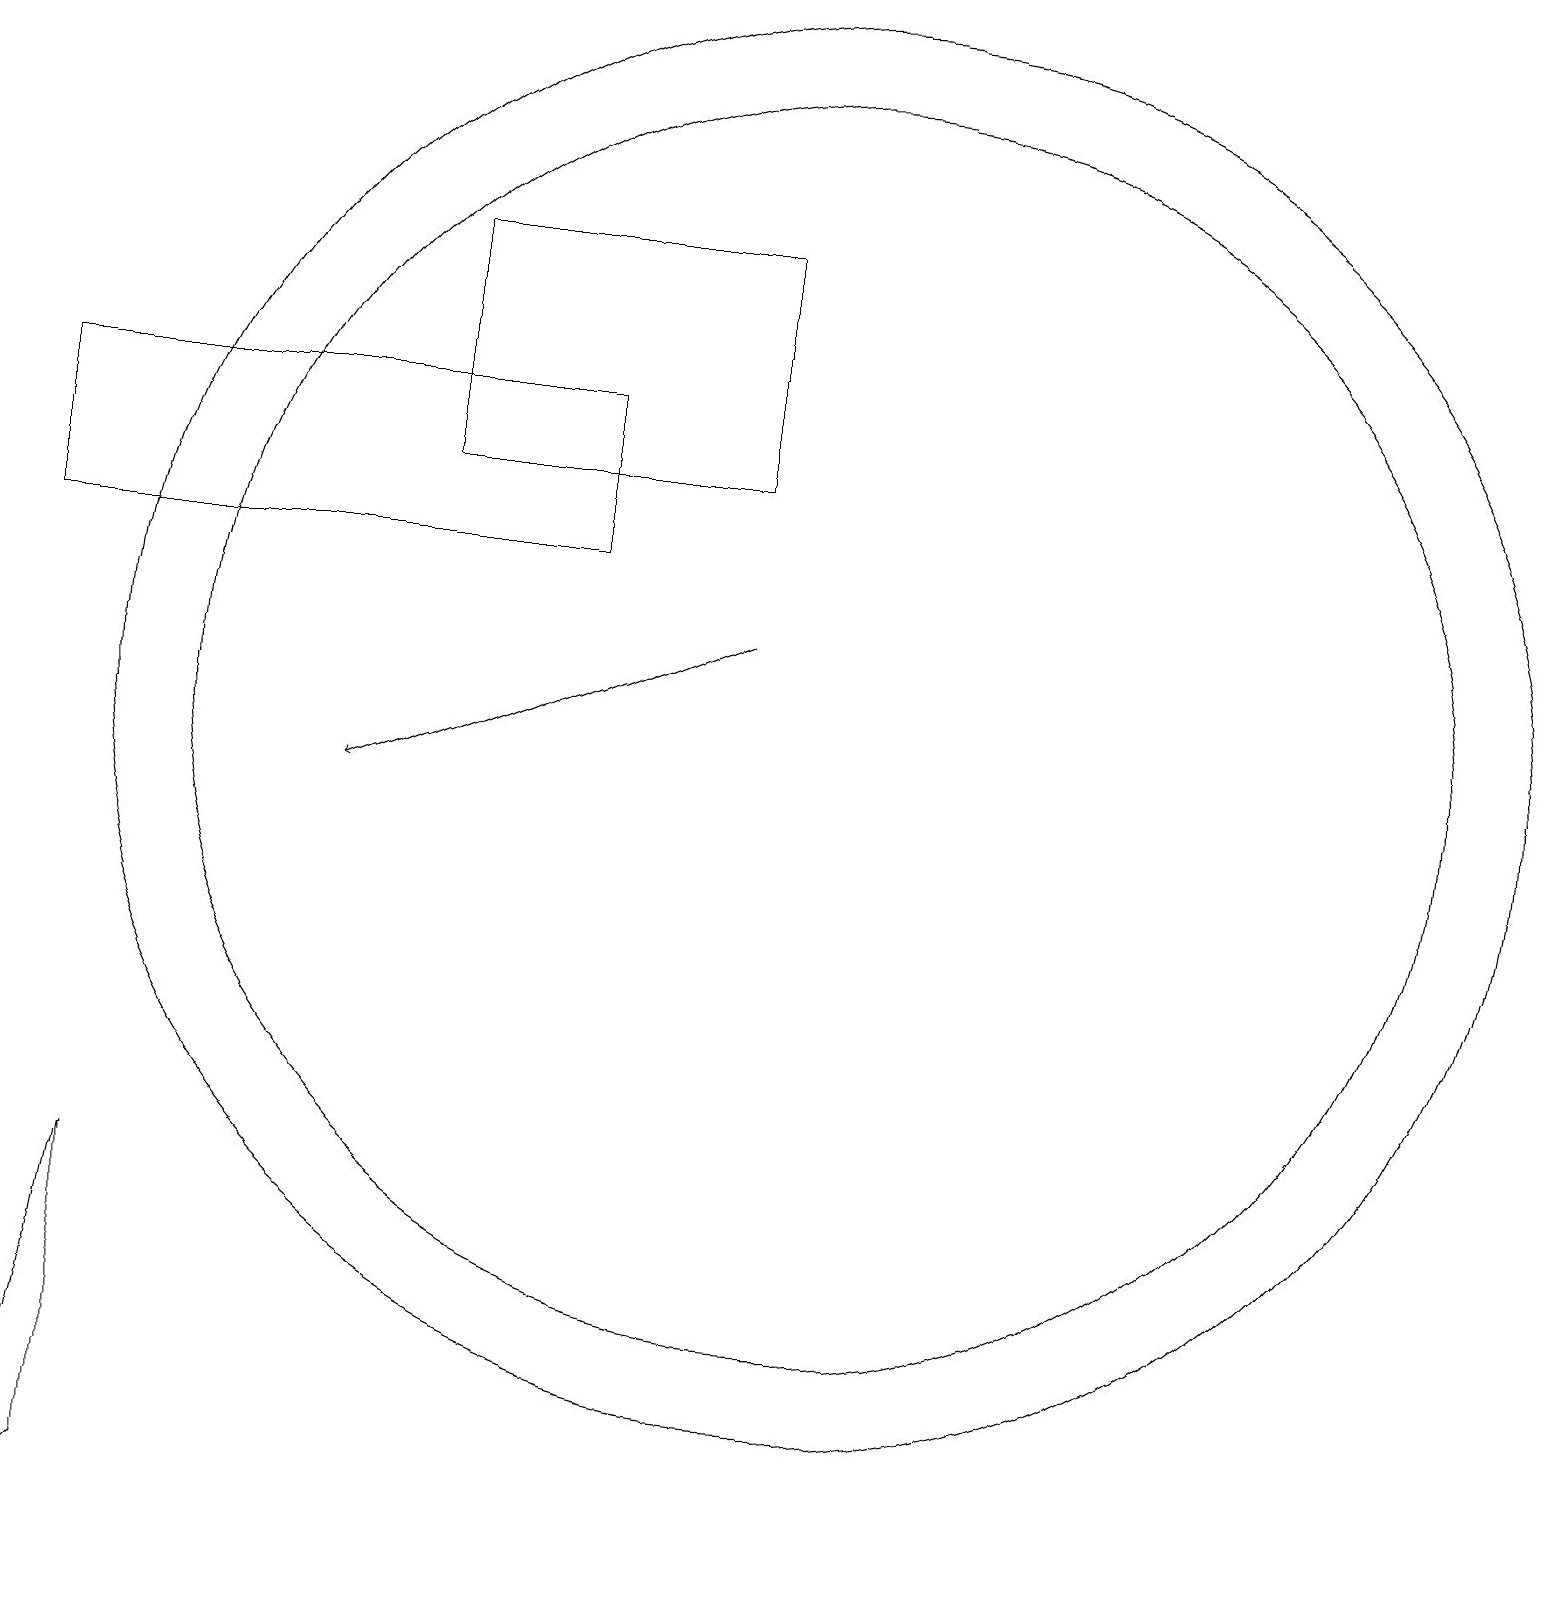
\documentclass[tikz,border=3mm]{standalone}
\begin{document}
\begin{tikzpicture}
\draw[->] (9,12) -- (4,10);
\draw (7,13) rectangle (0,15);
\draw (10,11) circle (8);
\draw (9,17) rectangle (5,14);
\draw (10,11) circle (9);
\draw (0,0) -- (1,1) -- (1,5) -- cycle;
\draw (12,11) circle (0);
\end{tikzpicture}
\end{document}